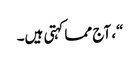
“، آج مما کہتی ہیں۔